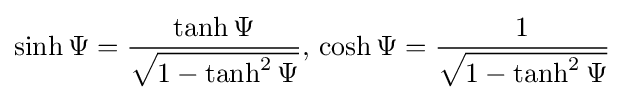
\sinh \Psi ={\frac {\tanh \Psi }{\sqrt {1-\tanh ^{2}\Psi }}},\,\cosh \Psi ={\frac {1}{\sqrt {1-\tanh ^{2}\Psi }}}